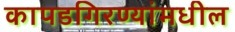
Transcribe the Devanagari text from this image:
कापडगिरण्यांमधील